Scottish Leaving Certificate Examination, 1956
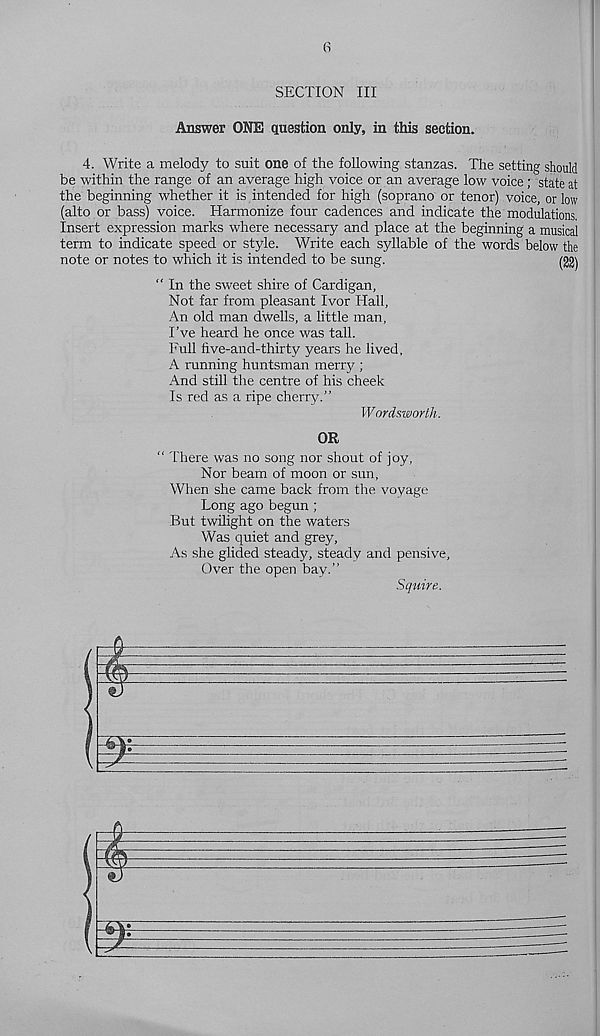
SECTION III
Answer ONE question only, in this section.
4. Write a melody to suit one of the following stanzas. The setting should
be within the range of an average high voice or an average low voice; state at
the beginning whether it is intended for high (soprano or tenor) voice, or low
(alto or bass) voice. Harmonize four cadences and indicate the modulations.
Insert expression marks where necessary and place at the beginning a musical
term to indicate speed or style. Write each syllable of the words below the
note or notes to which it is intended to be sung.
(22)
“ In the sweet shire of Cardigan,
Not far from pleasant Ivor Hall,
An old man dwells, a little man,
I’ve heard he once was tall.
Full five-and-thirty years he lived,
A running huntsman merry ;
And still the centre of his cheek
Is red as a ripe cherry.”
Wordsworth.
OR
“ 1'here was no song nor shout of joy.
Nor beam of moon or sun.
When she came back from the voyage
Long ago begun ;
But twilight on the waters
Was quiet and grey,
As she glided steady, steady and pensive.
Over the open bay.”
Squire.